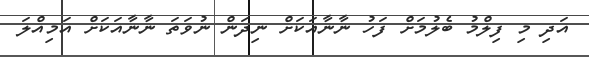
އަދި މި ފިލްމު ބެލުމަށް ފަހު ނާނާއަކަށް ނިދަން ނުވަތަ ނާނާއަކަށް އަމިއްލަ